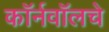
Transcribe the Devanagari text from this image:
कॉर्नवॉलचे